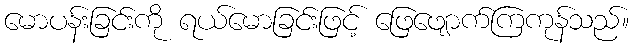
မောပန်းခြင်းကို ရယ်မောခြင်းဖြင့် ဖြေဖျောက်ကြကုန်သည်။